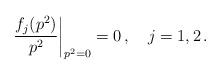
\begin{align*}\frac{f_{j}(p^2)}{p^2}{\bigg|}_{p^2 =0} =0\,,\quad j=1,2\,.\end{align*}